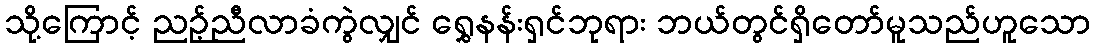
သို့ကြောင့် ညဉ့်ညီလာခံကွဲလျှင် ရွှေနန်းရှင်ဘုရား ဘယ်တွင်ရှိတော်မူသည်ဟူသော